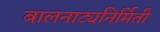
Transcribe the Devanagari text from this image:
बालनाट्यनिर्मिती